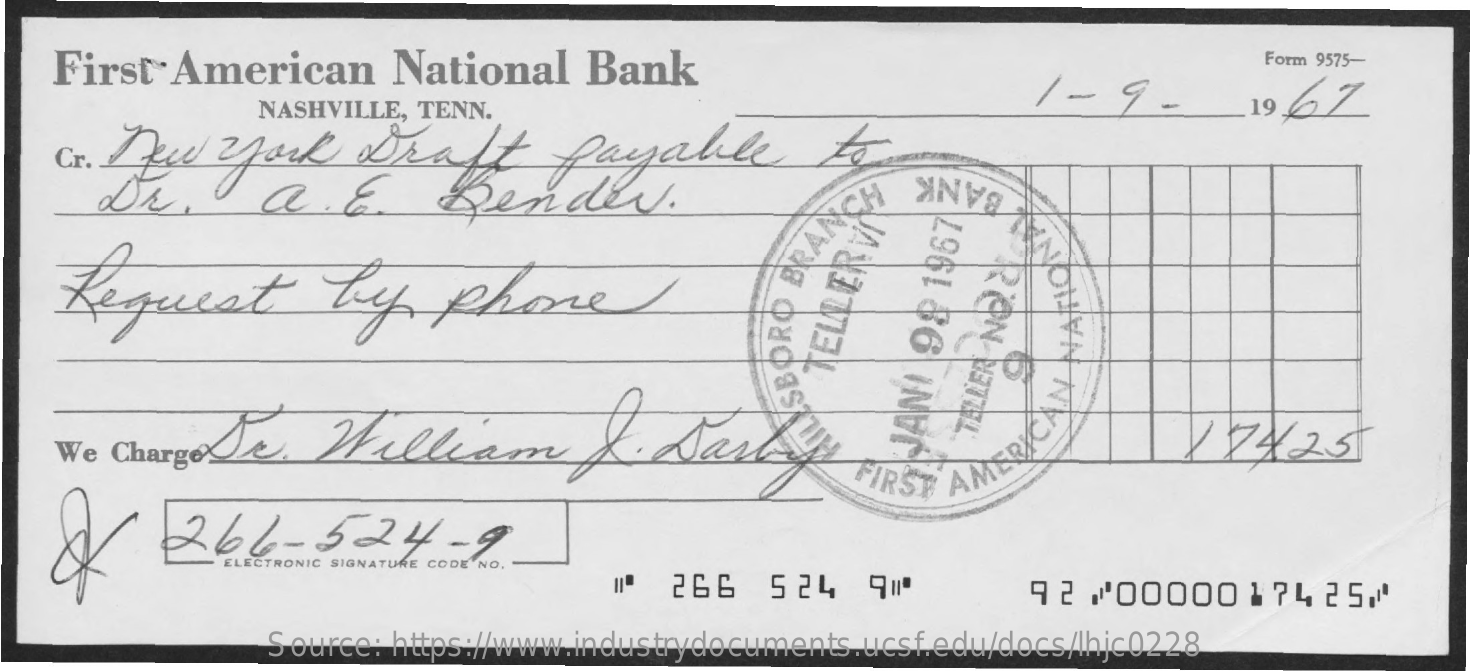
First . American    National    Bank    Form 9575-
     1 -  9-    19,6% NASHVILLE, TENN.
    Cr. new   york    Draft    payable    to
     dra    E    Bender.
     Wwwla
     budast
     BANK
     RON
     METAL
    Request    by    phone
    We ChargeSe.    William    &.  Jan    17425
     JANI
     92
     1967
     FIRST
     AMERICAN
     266-524-9
     ELECTRONIC SIGNATURE CODE NO.
     266   524   90    92  /00000    1 74 25.1
     Source: https://www.industrydocuments.ucsf.edu/docs/lhjc0228